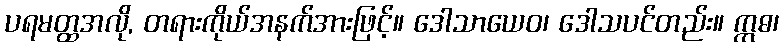
ပရမတ္ထအလို, တရားကိုယ်အနက်အားဖြင့်။ ဒေါသာယေဝ၊ ဒေါသပင်တည်း။ ဣဓ၊